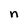
Character: n